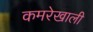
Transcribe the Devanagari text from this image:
कमरेखाली